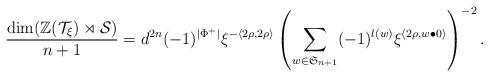
LaTeX: \begin{align*} \frac{\dim(\mathbb{Z}(\mathcal{T}_\xi)\rtimes\mathcal{S})}{n+1} = d^{2n}(-1)^{\lvert\Phi^+\rvert} \xi^{-\langle 2\rho,2\rho\rangle}\left(\sum_{w\in\mathfrak{S}_{n+1}}(-1)^{l(w)}\xi^{\langle 2\rho,w\bullet 0\rangle}\right)^{-2}.\end{align*}